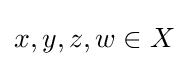
x,y,z,w\in X